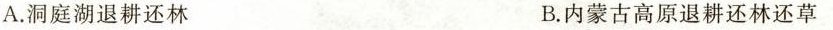
A.洞庭湖退耕还林 B.内蒙古高原退耕还林还草